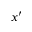
x ^ { \prime }